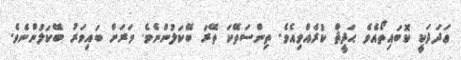
ޢަދަދަކީ ކޮބައިތޯއެވެ ޙަދީޘް ކުރެއްވިއެވެ. ތިންސަތޭކަ ތޭރަ ބޭކަލުންނެވެ. ވަރަށް ބައިވަރު ބޭކަލުންނެވެ.